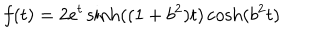
f ( t ) = 2 e ^ { t } \sinh ( ( 1 + b ^ { 2 } ) t ) \cosh ( b ^ { 2 } t )